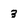
Character: 3